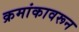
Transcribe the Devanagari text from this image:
क्रमांकावरून